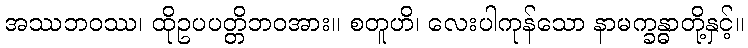
အဿဘဝဿ၊ ထိုဥပပတ္တိဘဝအား။ စတူဟိ၊ လေးပါကုန်သော နာမက္ခန္ဓာတို့နှင့်။